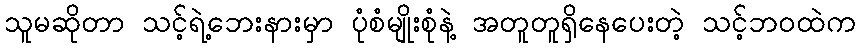
သူမဆိုတာ သင့်ရဲ့ဘေးနားမှာ ပုံစံမျိုးစုံနဲ့ အတူတူရှိနေပေးတဲ့ သင့်ဘဝထဲက